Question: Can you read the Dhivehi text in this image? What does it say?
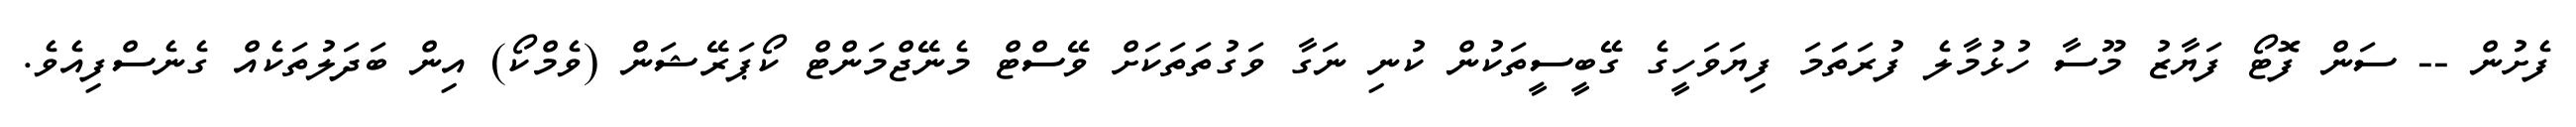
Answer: ފެށުން -- ސަން ފޮޓޯ ފަޔާޒު މޫސާ ހުޅުމާލެ ފުރަތަަމަ ފިޔަވަހީގެ ގޭބީސީތަކުން ކުނި ނަގާ ވަގުތަތަކަށް ވޭސްޓް މެނޭޖްމަންޓް ކޯޕަރޭޝަން (ވެމްކޯ) އިން ބަދަލުތަކެއް ގެނެސްފިއެވެ.